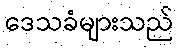
ဒေသခံများသည်